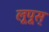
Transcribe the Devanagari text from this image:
लूपूस्